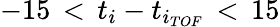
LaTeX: -15\, <\, t_{i}-t_{i_{TOF}}\, <\, 15